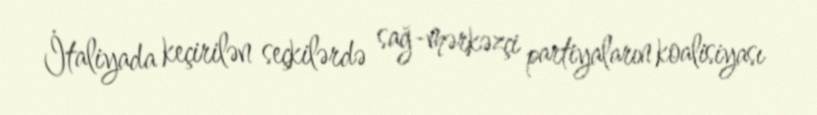
İtaliyada keçirilən seçkilərdə sağ-mərkəzçi partiyaların koalisiyası